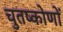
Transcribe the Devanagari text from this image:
चुतष्कोणों